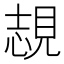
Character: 覟